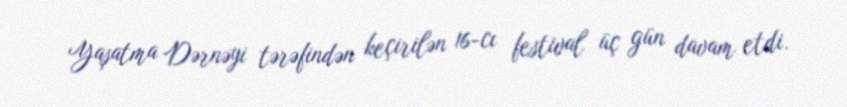
Yaşatma Dərnəyi tərəfindən keçirilən 16-cı festival üç gün davam etdi.